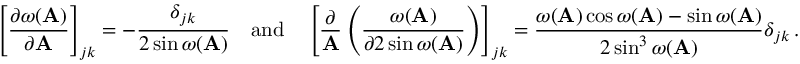
\left[ \frac { \partial \omega ( \mathbf A ) } { \partial \mathbf A } \right] _ { j k } = - \frac { \delta _ { j k } } { 2 \sin \omega ( \mathbf A ) } \quad \mathrm { a n d } \quad \left[ \frac { \partial } { \mathbf A } \left( \frac { \omega ( \mathbf A ) } { \partial 2 \sin \omega ( \mathbf A ) } \right) \right] _ { j k } = \frac { \omega ( \mathbf A ) \cos \omega ( \mathbf A ) - \sin \omega ( \mathbf A ) } { 2 \sin ^ { 3 } \omega ( \mathbf A ) } \delta _ { j k } \, .